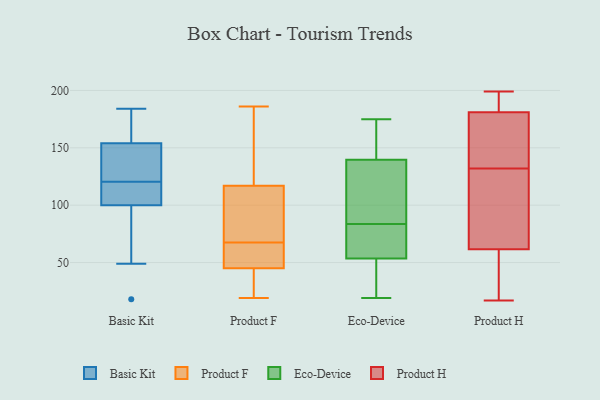
{"axis": {"x": "Customer Acquisition Cost (USD)", "y": "Value"}, "legend": ["Basic Kit", "Eco-Device", "Product F", "Product H"], "data": [{"x": "", "y": 184, "type": "Basic Kit"}, {"x": "", "y": 174, "type": "Basic Kit"}, {"x": "", "y": 49, "type": "Basic Kit"}, {"x": "", "y": 100, "type": "Basic Kit"}, {"x": "", "y": 131, "type": "Basic Kit"}, {"x": "", "y": 72, "type": "Basic Kit"}, {"x": "", "y": 148, "type": "Basic Kit"}, {"x": "", "y": 118, "type": "Basic Kit"}, {"x": "", "y": 18, "type": "Basic Kit"}, {"x": "", "y": 154, "type": "Basic Kit"}, {"x": "", "y": 179, "type": "Basic Kit"}, {"x": "", "y": 113, "type": "Basic Kit"}, {"x": "", "y": 123, "type": "Basic Kit"}, {"x": "", "y": 102, "type": "Basic Kit"}, {"x": "", "y": 19, "type": "Product F"}, {"x": "", "y": 75, "type": "Product F"}, {"x": "", "y": 101, "type": "Product F"}, {"x": "", "y": 117, "type": "Product F"}, {"x": "", "y": 186, "type": "Product F"}, {"x": "", "y": 46, "type": "Product F"}, {"x": "", "y": 122, "type": "Product F"}, {"x": "", "y": 47, "type": "Product F"}, {"x": "", "y": 28, "type": "Product F"}, {"x": "", "y": 100, "type": "Product F"}, {"x": "", "y": 32, "type": "Product F"}, {"x": "", "y": 60, "type": "Product F"}, {"x": "", "y": 45, "type": "Product F"}, {"x": "", "y": 185, "type": "Product F"}, {"x": "", "y": 90, "type": "Eco-Device"}, {"x": "", "y": 54, "type": "Eco-Device"}, {"x": "", "y": 114, "type": "Eco-Device"}, {"x": "", "y": 175, "type": "Eco-Device"}, {"x": "", "y": 161, "type": "Eco-Device"}, {"x": "", "y": 53, "type": "Eco-Device"}, {"x": "", "y": 54, "type": "Eco-Device"}, {"x": "", "y": 125, "type": "Eco-Device"}, {"x": "", "y": 154, "type": "Eco-Device"}, {"x": "", "y": 77, "type": "Eco-Device"}, {"x": "", "y": 19, "type": "Eco-Device"}, {"x": "", "y": 40, "type": "Eco-Device"}, {"x": "", "y": 162, "type": "Product H"}, {"x": "", "y": 17, "type": "Product H"}, {"x": "", "y": 85, "type": "Product H"}, {"x": "", "y": 72, "type": "Product H"}, {"x": "", "y": 137, "type": "Product H"}, {"x": "", "y": 58, "type": "Product H"}, {"x": "", "y": 199, "type": "Product H"}, {"x": "", "y": 192, "type": "Product H"}, {"x": "", "y": 55, "type": "Product H"}, {"x": "", "y": 41, "type": "Product H"}, {"x": "", "y": 195, "type": "Product H"}, {"x": "", "y": 199, "type": "Product H"}, {"x": "", "y": 167, "type": "Product H"}, {"x": "", "y": 65, "type": "Product H"}, {"x": "", "y": 170, "type": "Product H"}, {"x": "", "y": 127, "type": "Product H"}]}